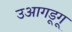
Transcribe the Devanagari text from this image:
उआगडूगू